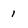
Character: 1